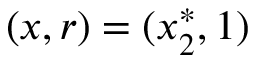
( x , r ) = ( x _ { 2 } ^ { * } , 1 )